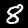
Label: 8